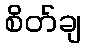
စိတ်ချ